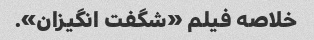
خلاصه فیلم «شگفت انگیزان».